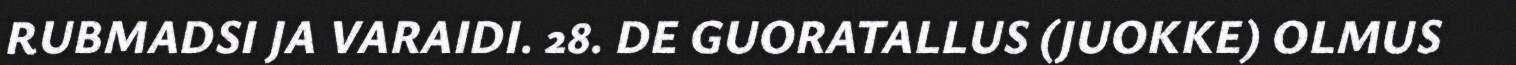
RUBMADSI JA VARAIDI. 28. DE GUORATALLUS (JUOKKE) OLMUS